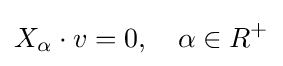
X_{\alpha }\cdot v=0,\quad \alpha \in R^{+}